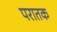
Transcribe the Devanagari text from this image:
परातक